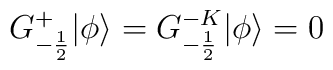
G^{+}_{-\frac{1}{2}}|\phi \rangle =G^{-K}_{-\frac{1}{2}} |\phi \rangle = 0